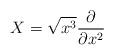
LaTeX: \begin{align*}X=\sqrt{x^3}\dfrac{\partial}{\partial x^2}\end{align*}